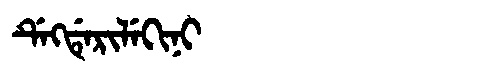
Manchu: ᡩᡝᡴᡩᡝᡵᡳᠯᡝᡴᡳᠨᡳ
Romanization: DEKDERILEKINI